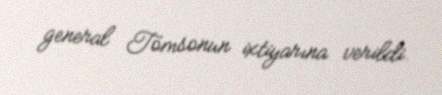
general Tomsonun ixtiyarına verildi.